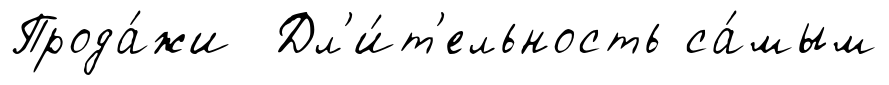
Прода́жи Дл'и́т'ельность са́мым